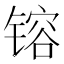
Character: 镕